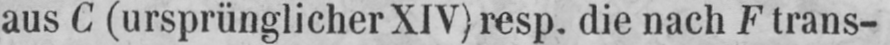
aus C (ursprünglicher XIV) resp. die nach F Irans-